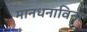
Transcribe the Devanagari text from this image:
मानधनाविना